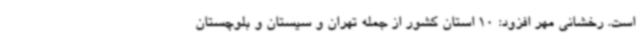
است. رخشانی مهر افزود: 10 استان کشور از جمله تهران و سیستان و بلوچستان